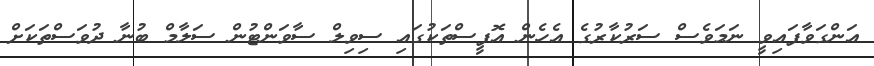
އަންގަވާފައިވީ ނަމަވެސް ސަރުކާރުގެ އެހެން އޮފީސްތަކުގައި ސިވިލް ސާވަންޓުން ސަލާމް ބުނާ ދުވަސްތަކަށް